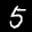
Label: 5